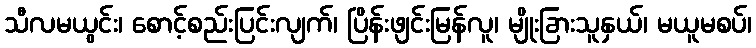
သီလမယွင်း၊ စောင့်စည်းပြင်းလျက်၊ ပြိန်းဖျင်းမြန်လူ၊ မျိုးခြားသူနှယ်၊ မယူမစပ်၊